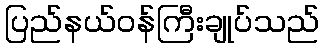
ပြည်နယ်ဝန်ကြီးချုပ်သည်